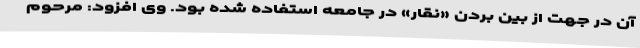
آن در جهت از بین بردن «نقار» در جامعه استفاده شده بود. وی افزود: مرحوم